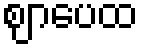
ဈာပေထ